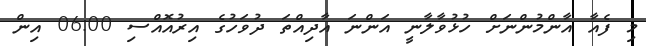
މި ފެއާ އާންމުންނަށް ހުޅުވާލާނީ އަންނަ އާދިއްތަ ދުވަހުގެ އިރުއޮއްސި 06:00 އިން